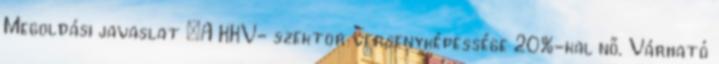
Megoldási javaslat ▪A KKV- szektor versenyképessége 20%-kal nő. Várható